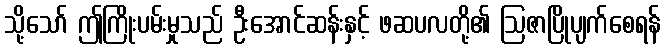
သို့သော် ဤကြိုးပမ်းမှုသည် ဦးအောင်ဆန်းနှင့် ဖဆပလတို့၏ ဩဇာပြိုပျက်စေရန်